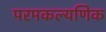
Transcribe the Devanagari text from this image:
परमकल्यणिक